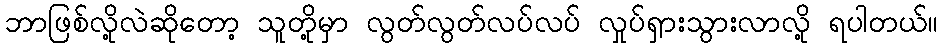
ဘာဖြစ်လို့လဲဆိုတော့ သူတို့မှာ လွတ်လွတ်လပ်လပ် လှုပ်ရှားသွားလာလို့ ရပါတယ်။